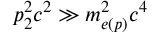
p _ { 2 } ^ { 2 } c ^ { 2 } \gg m _ { e ( p ) } ^ { 2 } c ^ { 4 }